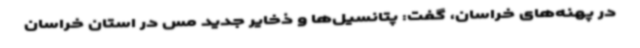
در پهنه‌های خراسان، گفت:‌ پتانسیل‌ها و ذخایر جدید مس در استان خراسان